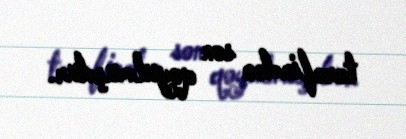
tərəfindən son qoyulmuşdur.